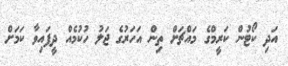
އަދި ކޯޓުން ކަރީމްގެ މައްޗަށް ތިން އަހަރުގެ ޖަލު ހުކުމެއް ދީފައިވާ ކަަމަށް